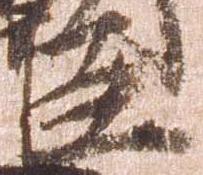
臣